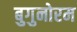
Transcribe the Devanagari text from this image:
बुगुनोरम